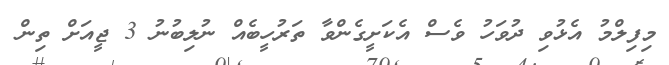
މިފިލްމު އެޅުވި ދުވަހު ވެސް އެކަށީގެންވާ ތަރުހީބެއް ނުލިބުނު 3 ޖީއަށް ތިން